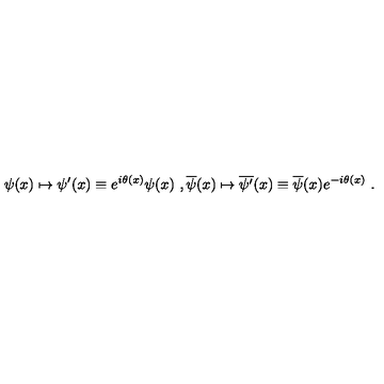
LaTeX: \psi ( x ) \mapsto \psi ^ { \prime } ( x ) \equiv e ^ { i \theta ( x ) } \psi ( x ) \ , \overline { \psi } ( x ) \mapsto \overline { { \psi ^ { \prime } } } ( x ) \equiv \overline { \psi } ( x ) e ^ { - i \theta ( x ) } \ .